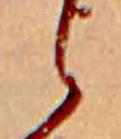
ら